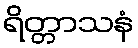
ရိတ္တာသနံ